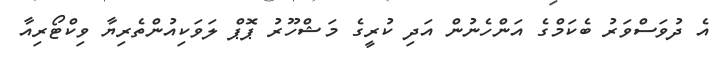
އެ ދުވަސްވަރު ބެކަމްގެ އަންހެނުން އަދި ކުރީގެ މަޝްހޫރު ޕޮޕް ލަވަކިއުންތެރިޔާ ވިކްޓޯރިއާ